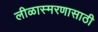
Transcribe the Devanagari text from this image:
लीळास्मरणासाठी